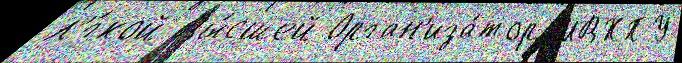
л'́гкой Вы́сшей Орган'иза́тор МВХПУ